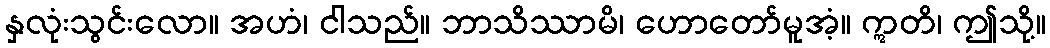
နှလုံးသွင်းလော။ အဟံ၊ ငါသည်။ ဘာသိဿာမိ၊ ဟောတော်မူအံ့။ ဣတိ၊ ဤသို့။